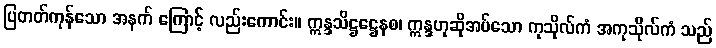
ပြတတ်ကုန်သော အနက် ကြောင့် လည်းကောင်း။ ဣန္ဒသိဋ္ဌဋ္ဌေနစ၊ ဣန္ဒဟုဆိုအပ်သော ကုသိုလ်ကံ အကုသိုလ်ကံ သည်